Punjab Mental Hospital Lahore 1922-31 - 1922-1931
Year: 1922
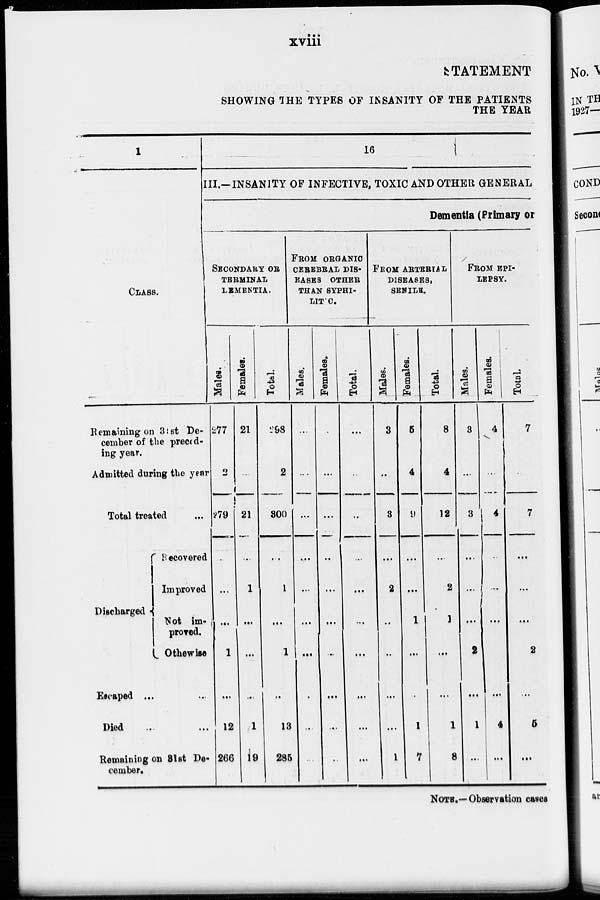
xviii
STATEMENT
SHOWING THE TYPES OF INSANITY OF THE PATIENTS
THE YEAR
1
CLASS.
Remaining on 31st De-
cember of the preced-
ing year.
Admitted during the year
Total treated ...
Discharged
Recovered
Improved
Not im-
proved.
Othewise
Escaped ... ...
Died ... ...
Remaining on 31st December.
16
III.—INSANITY OP INFECTIVE, TOXIC AND OTHER GENERAL
Dementia (Primary or
SECONDARY OR
TERMINAL
LEMENTIA.
Males.
277
2
279
...
...
...
1
...
12
266
Females.
21
...
21
...
1
...
...
...
1
19
Total.
298
2
300
...
1
...
1
...
13
285
FROM ORGANIC
CEREBRAL DISEASES OTHER
THAN SYPHILITIC.
Males.
...
...
...
...
...
...
...
....
...
...
Females.
...
...
...
...
...
...
...
...
...
...
Total.
...
...
...
...
...
...
...
...
...
...
FROM ARTERIAL
DISEASES,
SENILE.
Males.
3
...
3
...
2
...
...
...
...
1
Females.
5
4
9
...
...
1
...
...
1
7
Total.
8
4
12
...
2
1
...
...
1
8
FROM EPI-
-----.
Males.
3
...
3
...
...
...
2
...
1
...
Females.
4
...
4
...
...
...
...
4
...
Total.
7
.
7
...
...
...
2
...
5
...
NOTE.-Observation cases